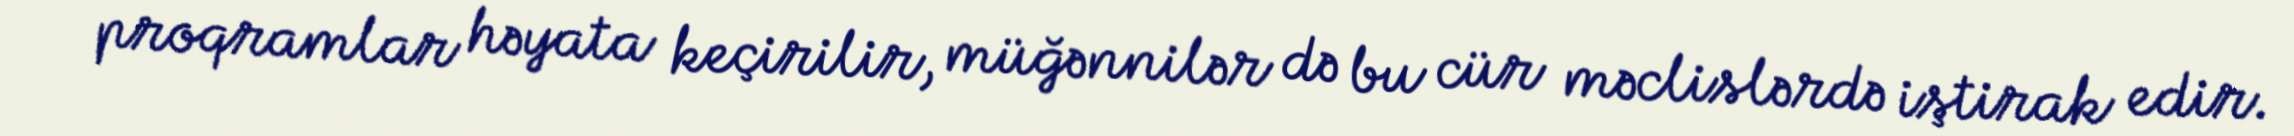
proqramlar həyata keçirilir, müğənnilər də bu cür məclislərdə iştirak edir.